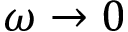
\omega \to 0